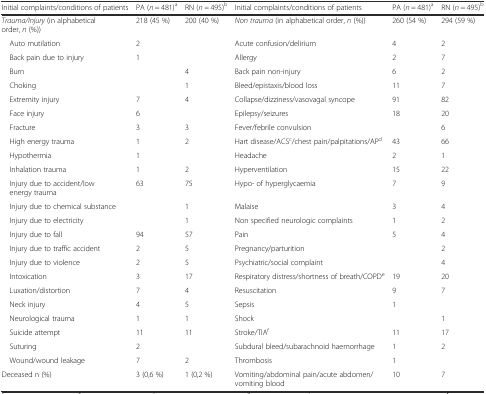
| Initial complaints/conditions of patients | PA (n = 481)a | RN (n = 495)b | Initial complaints/conditions of patients | PA (n = 481)a | RN (n = 495)b |
 | --- | --- | --- | --- | --- | --- |
 | Trauma/Injury (in alphabetical order, n (%)) | 218 (45 %) | 200 (40 %) | Non trauma (in alphabetical order, n (%)) | 260 (54 %) | 294 (59 %) |
 | Auto mutilation | 2 |  | Acute confusion/delirium | 4 | 2 |
 | Back pain due to injury | 1 |  | Allergy | 2 | 7 |
 | Burn |  | 4 | Back pain non-injury | 6 | 2 |
 | Choking |  | 1 | Bleed/epistaxis/blood loss | 11 | 7 |
 | Extremity injury | 7 | 4 | Collapse/dizziness/vasovagal syncope | 91 | 82 |
 | Face injury | 6 |  | Epilepsy/seizures | 18 | 20 |
 | Fracture | 3 | 3 | Fever/febrile convulsion |  | 6 |
 | High energy trauma | 1 | 2 | Hart disease/ACSc/chest pain/palpitations/APd | 43 | 66 |
 | Hypothermia | 1 |  | Headache | 2 | 1 |
 | Inhalation trauma | 1 | 2 | Hyperventilation | 15 | 22 |
 | Injury due to accident/low energy trauma | 63 | 75 | Hypo- of hyperglycaemia | 7 | 9 |
 | Injury due to chemical substance |  | 1 | Malaise | 3 | 4 |
 | Injury due to electricity |  | 1 | Non specified neurologic complaints | 1 | 2 |
 | Injury due to fall | 94 | 57 | Pain | 5 | 4 |
 | Injury due to traffic accident | 2 | 5 | Pregnancy/parturition |  | 2 |
 | Injury due to violence | 2 | 5 | Psychiatric/social complaint |  | 4 |
 | Intoxication | 3 | 17 | Respiratory distress/shortness of breath/COPDe | 19 | 20 |
 | Luxation/distortion | 7 | 4 | Resuscitation | 9 | 7 |
 | Neck injury | 4 | 5 | Sepsis | 1 |  |
 | Neurological trauma | 1 | 1 | Shock |  | 1 |
 | Suicide attempt | 11 | 11 | Stroke/TIAf | 11 | 17 |
 | Suturing | 2 |  | Subdural bleed/subarachnoid haemorrhage | 1 | 2 |
 | Wound/wound leakage | 7 | 2 | Thrombosis | 1 |  |
 | Deceased n (%) | 3 (0,6 %) | 1 (0,2 %) | Vomiting/abdominal pain/acute abdomen/vomiting blood | 10 | 7 |